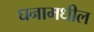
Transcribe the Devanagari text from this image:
घनामधील